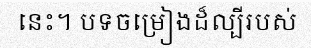
នេះ។ បទចម្រៀងដ៏ល្បីរបស់